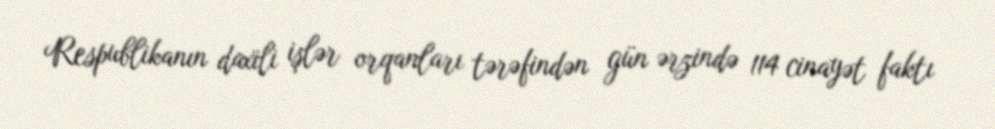
Respublikanın daxili işlər orqanları tərəfindən gün ərzində 114 cinayət faktı